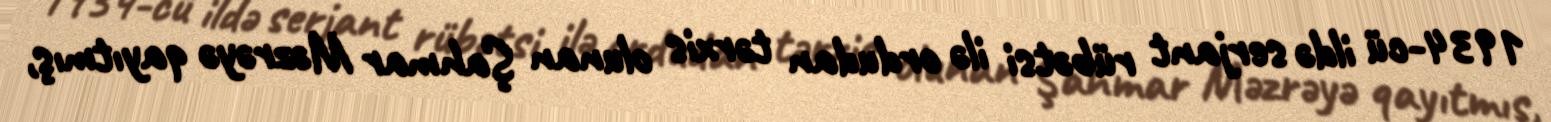
1934-cü ildə serjant rübətsi ilə ordudan tərxis olunan Şahmar Məzrəyə qayıtmış,